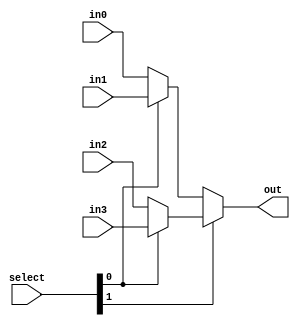
module mux_condt(
                in0      , //input 
                in1      , //input
                in2      , //input
                in3      , //input
                select   , //select line as input
                out        //output
                )        ;

//port declaration

input [1:0]in0, in1, in2, in3  ;
input [1:0]select              ;
output [1:0]out            ;

assign out = select[1] ? (select[0] ? in3 : in2) : ( select[0] ? in1 : in0) ;  //logic expression for mux 
  
endmodule